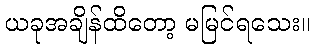
ယခုအချိန်ထိတော့ မမြင်ရသေး။